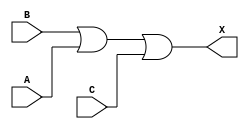
/*
 * Copyright 2020 The SkyWater PDK Authors
 *
 * Licensed under the Apache License, Version 2.0 (the "License");
 * you may not use this file except in compliance with the License.
 * You may obtain a copy of the License at
 *
 *     https://www.apache.org/licenses/LICENSE-2.0
 *
 * Unless required by applicable law or agreed to in writing, software
 * distributed under the License is distributed on an "AS IS" BASIS,
 * WITHOUT WARRANTIES OR CONDITIONS OF ANY KIND, either express or implied.
 * See the License for the specific language governing permissions and
 * limitations under the License.
 *
 * SPDX-License-Identifier: Apache-2.0
*/


`ifndef SKY130_FD_SC_HDLL__OR3_BEHAVIORAL_V
`define SKY130_FD_SC_HDLL__OR3_BEHAVIORAL_V

/**
 * or3: 3-input OR.
 *
 * Verilog simulation functional model.
 */

`timescale 1ns / 1ps
`default_nettype none

`celldefine
module sky130_fd_sc_hdll__or3 (
    X,
    A,
    B,
    C
);

    // Module ports
    output X;
    input  A;
    input  B;
    input  C;

    // Module supplies
    supply1 VPWR;
    supply0 VGND;
    supply1 VPB ;
    supply0 VNB ;

    // Local signals
    wire or0_out_X;

    //  Name  Output     Other arguments
    or  or0  (or0_out_X, B, A, C        );
    buf buf0 (X        , or0_out_X      );

endmodule
`endcelldefine

`default_nettype wire
`endif  // SKY130_FD_SC_HDLL__OR3_BEHAVIORAL_V